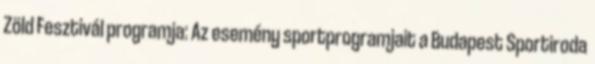
Zöld Fesztivál programja: Az esemény sportprogramjait a Budapest Sportiroda